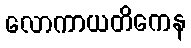
လောကာယတိကေန